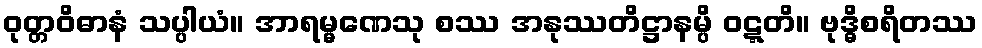
ဝုတ္တဝိဓာနံ သပ္ပါယံ။ အာရမ္မဏေသု စဿ အနုဿတိဋ္ဌာနမ္ပိ ဝဋ္ဋတိ။ ဗုဒ္ဓိစရိတဿ